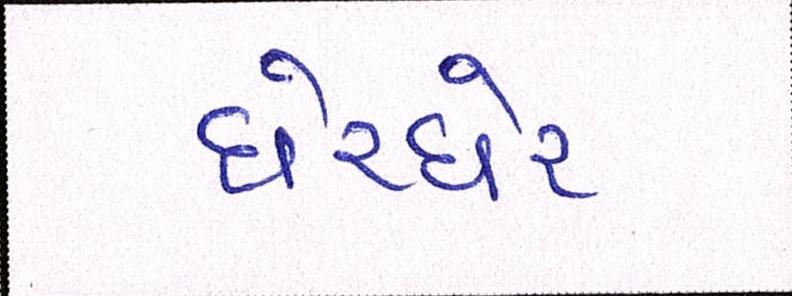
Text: ઘેરઘેર